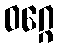
ဝဂ္ဂေ